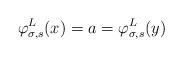
LaTeX: \begin{align*}\varphi^L_{\sigma, s}(x) = a = \varphi^L_{\sigma, s}(y)\end{align*}